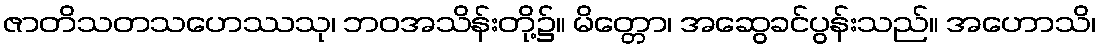
ဇာတိသတသဟေဿသု၊ ဘဝအသိန်းတို့၌။ မိတ္တော၊ အဆွေခင်ပွန်းသည်။ အဟောသိ၊